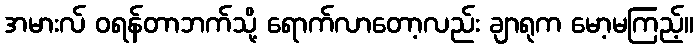
အမားလ် ဝရန်တာဘက်သို့ ရောက်လာတော့လည်း ချာရုက မော့မကြည့်။